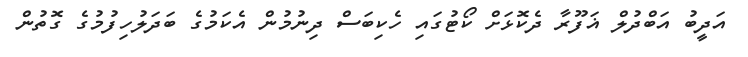
އަދީބު އަބްދުލް ޣަފޫރާ ދެކޮޅަށް ކޯޓުގައި ހެކިބަސް ދިނުމުން އެކަމުގެ ބަދަލުހިފުމުގެ ގޮތުން